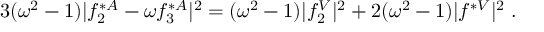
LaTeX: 3 ( \omega ^ { 2 } - 1 ) | f _ { 2 } ^ { * A } - \omega f _ { 3 } ^ { * A } | ^ { 2 } = ( \omega ^ { 2 } - 1 ) | f _ { 2 } ^ { V } | ^ { 2 } + 2 ( \omega ^ { 2 } - 1 ) | f ^ { * V } | ^ { 2 } \; .